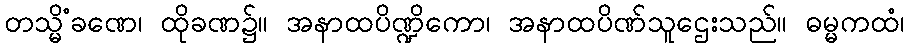
တသ္မိံခဏေ၊ ထိုခဏ၌။ အနာထပိဏ္ဍိကော၊ အနာထပိဏ်သူဌေးသည်။ ဓမ္မကထံ၊